Scottish Certificate of Education, 1963
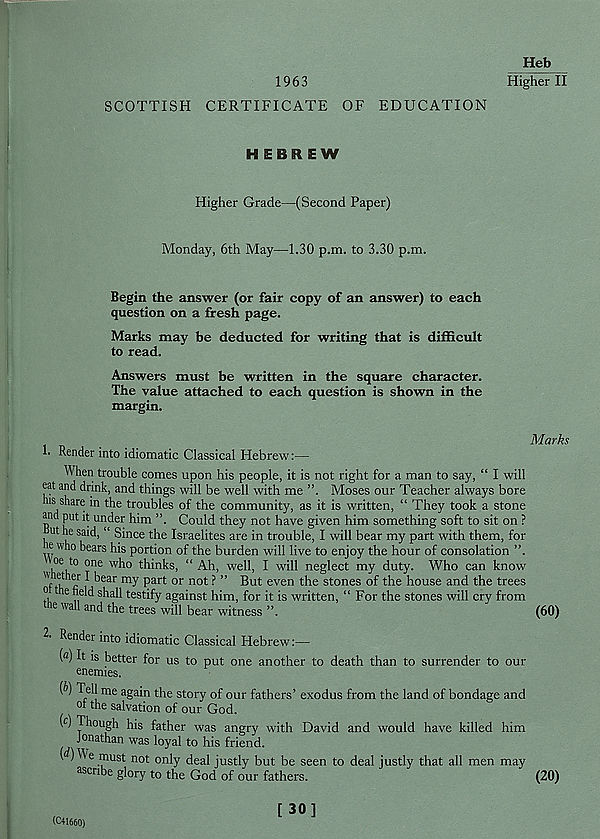
Heb
1963
Higher II
SCOTTISH CERTIFICATE OF EDUCATION
HEBREW
Higher Grade—(Second Paper)
Monday, 6th May—1.30 p.m. to 3.30 p.m.
Begin the answer (or fair copy of an answer) to each
question on a fresh page.
Marks may be deducted for writing that is difficult
to read.
Answers must be written in the square character.
The value attached to each question is shown in the
margin.
h Render into idiomatic Classical Hebrew:—
When trouble comes upon his people, it is not right for a man to say, “ I will
eat and drink, and things will be well with me ”. Moses our Teacher always bore
ns share i n the troubles of the community, as it is written, “ They took a stone
and put it under him ”. Could they not have given him something soft to sit on ?
ut he said, “ Since the Israelites are in trouble, I will bear my part with them, for
e who bears his portion of the burden will live to enjoy the hour of consolation ”.
, oe t0 °n e who thinks, “ Ah, well, I will neglect my duty. Who can know
"f th < fi ' 56ar ^ ? art or not ^ ” ® ut even t^le stones °f the house and the trees
o ie held shall testify against him, for it is written, “For the stones will cry from
we wall and the trees will bear witness ”.
Marks
(60)
2' Render into idiomatic Classical Hebrew:—
( а ) It is better for us to put one another to death than to surrender to our
enemies.
(б) Tell me again the story of our fathers’ exodus from the land of bondage and
ot the salvation of our God.
( C ) Jhough his father was angry with David and would have killed him
Jonathan was loyal to his friend.
[d) We must not only deal justly but be seen to deal justly that all men may
ascribe glory to the God of our fathers.
(20)
(CM660)
[30]